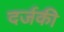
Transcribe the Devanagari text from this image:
दर्जकी